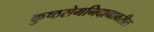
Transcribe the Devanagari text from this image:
कुष्ठरोगनिदानावरील